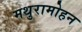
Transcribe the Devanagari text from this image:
मथुरामोहन